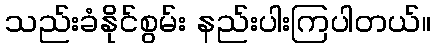
သည်းခံနိုင်စွမ်း နည်းပါးကြပါတယ်။